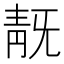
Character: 𩇗